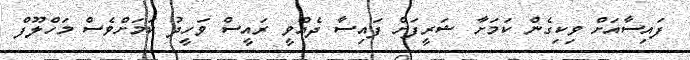
ފައިސާއަށް ވިކިގެން ކަމަށާ ޝަރީފަށް ފައިސާ ދެއްވީ ރައީސް ވަހީދު ކަމަށްވެސް މަހްލޫފް